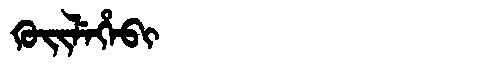
Manchu: ᡴᡠᡳᠯᡝᡥᡝᠪᡳ
Romanization: KUILEHEBI